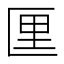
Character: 𪟯